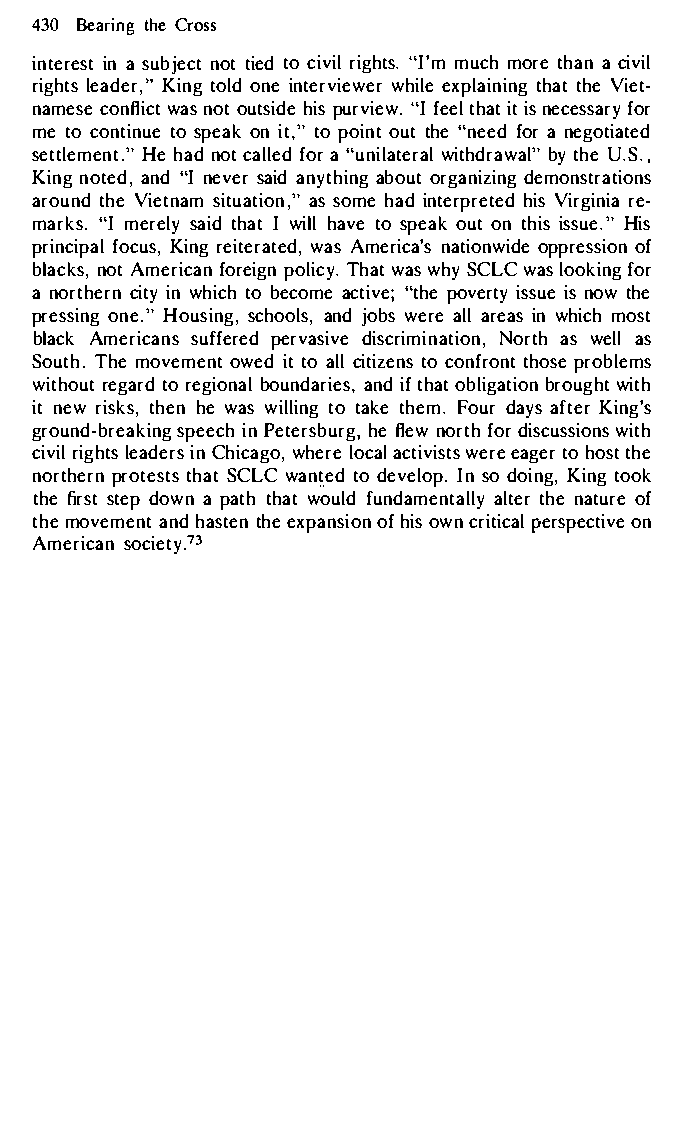
430B eartihnCegr oss
 inetreisnats ubjneoctt t toci ievrdii gl"h Its'm.mu c mho rteh aacn i vil
 riglhetarsd, Ke"i ntgo olndie n terwvhiieelwxeep rl atihntaihtnVe gi et­
 namecsoen flwiacst o nuottsh iipdsue r vifeewte.hl ia "ittIns e cesfsoarr y
 met oc onttions upeeo anki tt,op" o ionuttt h "en efeodar n egotiated
 setmtenlteH.e"h ando t cfaoalr" l uelndai tweirtahld rbayw aUtl.h",Se .
 Kinngoe tda,n d ne"vIse arai dn ytahbionougrt g andiezmionngs trations
 aroutnhVdei etsniatmu ,a"at ssi oomnhea idn terprVeitregrdie n­hiias
 mark"sI. mesraeitldhy Ia w ti hlalv teos peoaukot n t hiisss. u"Hei s
 prinfcoicpKuaisln,r g e iteraAtmeedr,i cwaa'ss onpaptrieoosfns wiiodne
 blacnkoAstm, e rifcoarnep ioglnTi hcaywt.a s SwChLywC a s lofookri ng
 an ortchieitrnwyn h itcobh e coamcet i"vthee; poviensro twty h ei ssue
 presosni.en"Hgo usisncgho,ao nlds ,wj eorbaesla lr eians which most
 blaAcmke riscuaffnesrp eedr vadsiiisvmceirt ni,aoN norathsw elals
 Sou.Tt hhme ovemoewnetidt t o cailtlit zoce onnsf trhoonpstre o blems
 withroeugtta orr de giboonuanld aarniidtfe h soa,bt l igatiwoint hb rought
 inte wr istkhseh,ne w awsi lltiotn agk em .Ft ohuedra yasf tKeirn g's
 ground-bsrpeeaeikcnPihe n tge rshebfl uerwng o,rf todhri scuwsistiho ns
 cirviigllh etasdi eCnrh si cwahgeor,e a cltoicvailes atgste ohrw o etsrhtee
 nortphreortnte hsSatCtsL wCa ntteodd e veIlnos pod .o iKnign,tg o ok
 thfier sstted po wanp atthh awotu fludn dameanltttaehlnrela ytou fr e
 thmeo vemaennhdta sttheeenx panosfhi iooswn cn r itpiercsaploe nc tive
 Ameriscoacni7 e3t y.